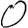
Digit: 0